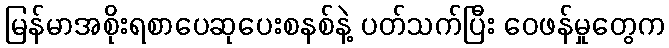
မြန်မာအစိုးရစာပေဆုပေးစနစ်နဲ့ ပတ်သက်ပြီး ဝေဖန်မှုတွေက